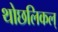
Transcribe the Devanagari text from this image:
थोछलिकल्